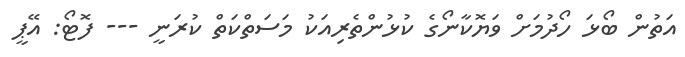
އަތުން ބޯޅަ ހޯދުމަށް ވަޔޮކާނޯގެ ކުޅުންތެރިއަކު މަސަތްކަތް ކުރަނީ --- ފޮޓޯ: އޭޕީ